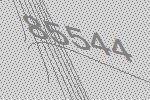
85544